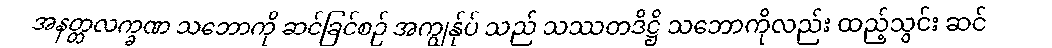
အနတ္တလက္ခဏ သဘောကို ဆင်ခြင်စဉ် အကျွန်ုပ် သည် သဿတဒိဋ္ဌိ သဘောကိုလည်း ထည့်သွင်း ဆင်